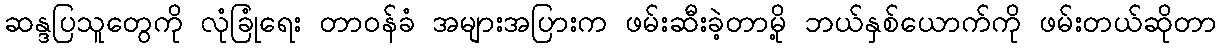
ဆန္ဒပြသူတွေကို လုံခြုံရေး တာဝန်ခံ အများအပြားက ဖမ်းဆီးခဲ့တာမို့ ဘယ်နှစ်ယောက်ကို ဖမ်းတယ်ဆိုတာ